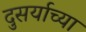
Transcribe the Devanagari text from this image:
दुसर्याच्या